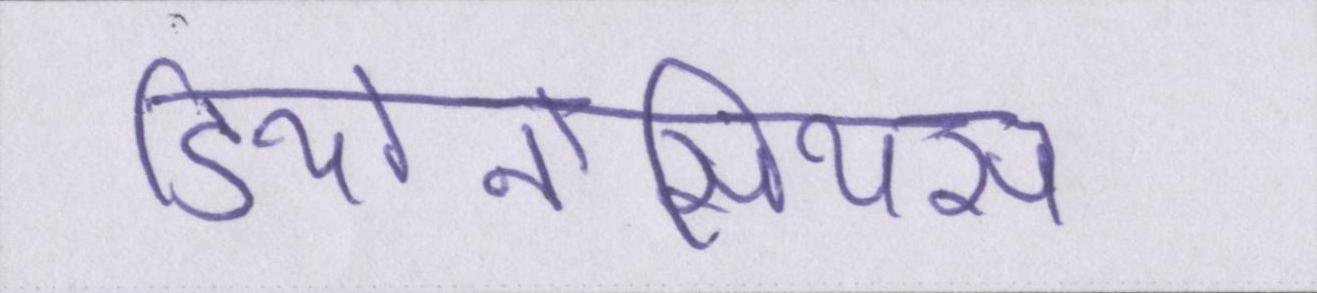
डियोनोसियस